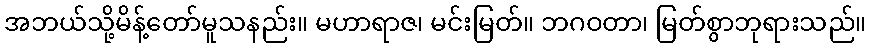
အဘယ်သို့မိန့်တော်မူသနည်း။ မဟာရာဇ၊ မင်းမြတ်။ ဘဂဝတာ၊ မြတ်စွာဘုရားသည်။